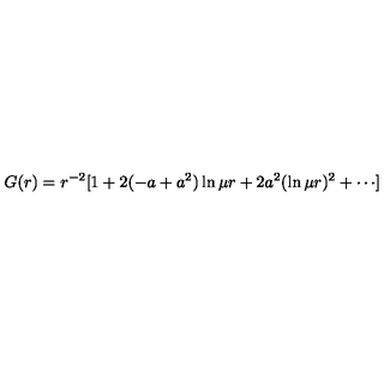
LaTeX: G ( r ) = r ^ { - 2 } [ 1 + 2 ( - a + a ^ { 2 } ) \ln \mu r + 2 a ^ { 2 } ( \ln \mu r ) ^ { 2 } + \cdots ]